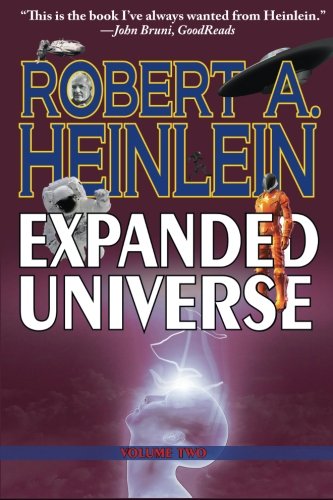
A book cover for Robert Heinlein's Expanded Universe: Volume Two; Robert A. Heinlein; Science Fiction & Fantasy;